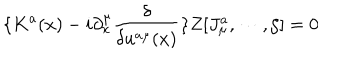
\{ K ^ { a } ( x ) - i \partial _ { x } ^ { \mu } \frac \delta { \delta u ^ { a \mu } ( x ) } \} Z [ J _ { \mu } ^ { a } , \cdots , \zeta ] = 0